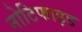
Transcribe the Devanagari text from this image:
नोटिफाइड